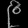
Digit: ၉